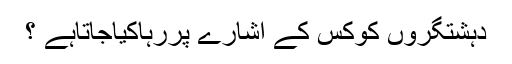
دہشتگروں کوکس کے اشارے پررہاکیاجاتاہے ؟